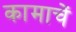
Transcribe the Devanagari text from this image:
कामाचें